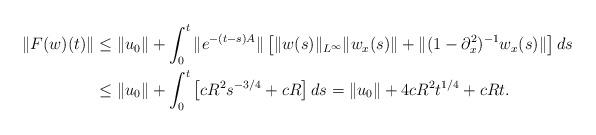
LaTeX: \begin{align*}\| F(w)(t)\| & \le \| u_0 \| + \int_0^t \| e^{-(t-s)A} \| \left[ \| w(s) \|_{L^{\infty}} \| w_x(s) \| + \| (1-\partial_x^2)^{-1} w_x(s) \| \right] ds \\& \le \| u_0 \| + \int_0^t \left[ cR^2s^{-3/4} + cR \right] ds= \| u_0 \| + 4 cR^2 t^{1/4} + cR t.\end{align*}